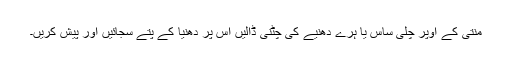
منتی کے اوپر چلی ساس یا ہرے دھنیے کی چٹنی ڈالیں اس پر دھنیا کے پتے سجائیں اور پیش کریں۔